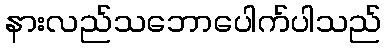
နားလည်သဘောပေါက်ပါသည်